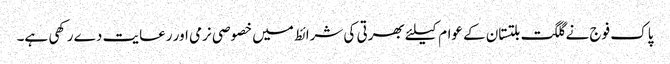
پاک فوج نے گلگت بلتستان کے عوام کیلئے بھرتی کی شرائط میں خصوصی نرمی اور رعایت دے رکھی ہے۔